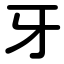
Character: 牙